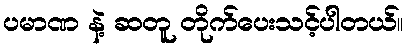
ပမာဏ နဲ့ ဆတူ တိုက်ပေးသင့်ပါတယ်။